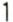
1